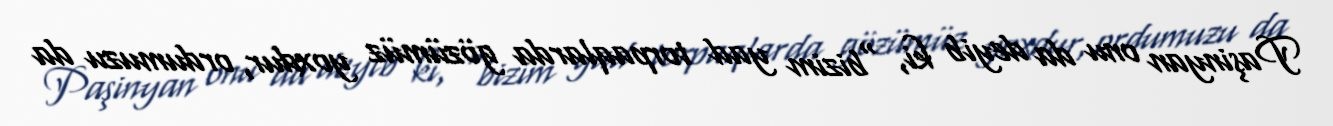
Paşinyan onu da deyib ki, “bizim yad torpaqlarda gözümüz yoxdur, ordumuzu da